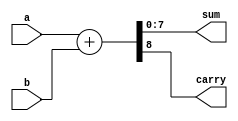
module ParameterizedAdder #(parameter WIDTH = 8) (
    input  wire [WIDTH-1:0] a,     // First operand
    input  wire [WIDTH-1:0] b,     // Second operand
    output reg  [WIDTH-1:0] sum,    // Sum result
    output reg                  carry  // Carry-out flag
);

// Always block to describe the addition operation
always @(*) begin
    {carry, sum} = a + b; // Perform addition and capture carry
end

endmodule